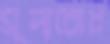
মূল্যবোধ